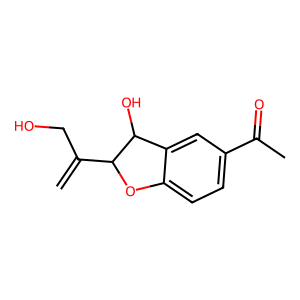
SMILES: C=C(CO)C1Oc2ccc(C(C)=O)cc2C1O
Inhibits HIV replication: No